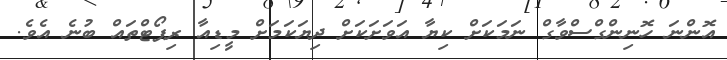
އޮންނަ ހޮނިންގްސްވާގް ނަމަކަށް ކިޔާ އަވަށަކަށް ދިޔަކަމަށް މީޑިއާ ރިޕޯޓްތައް ބުނެ އެވެ.